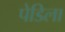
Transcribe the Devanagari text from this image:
पेडिला